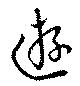
遊